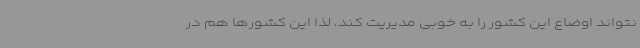
نتواند اوضاع این کشور را به خوبی مدیریت کند، لذا این کشورها هم در